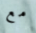
مع